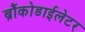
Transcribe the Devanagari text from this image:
ब्रौंकोडाईलेटर